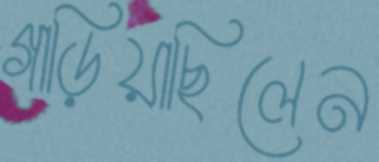
গাড়িয়াছিলেন